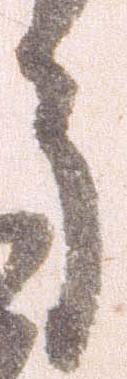
う